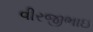
વીરજીભાઇ